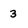
Character: 3